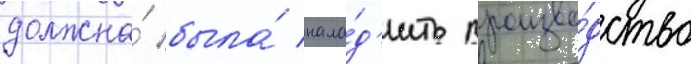
должна́ была́ нала́д'ить произво́дство